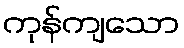
ကုန်ကျသော